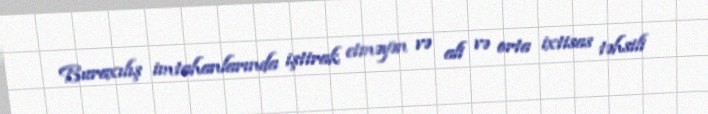
Buraxılış imtahanlarında iştirak etməyən və ali və orta ixtisas təhsili